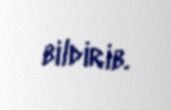
bildirib.